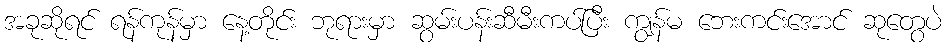
အခုဆိုရင် ရန်ကုန်မှာ နေ့တိုင်း ဘုရားမှာ ဆွမ်းပန်းဆီမီးကပ်ပြီး ကျွန်မ ဘေးကင်းအောင် ဆုတွေပဲ